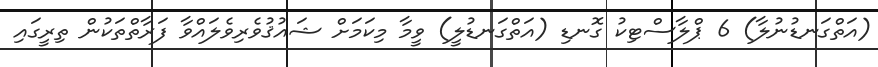
(އަތްގަނޑުނުލާ) 6 ޕްލާސްޓިކު ގޮނޑި (އަތްގަނޑުލީ) ވީމާ މިކަމަށް ޝައުޤުވެރިވެލައްވާ ފަރާތްތަކުން ތިރީގައި